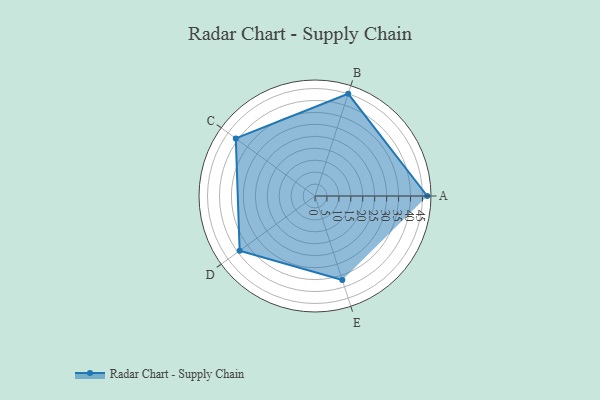
{"axis": {"x": "Skill", "y": "Score"}, "legend": ["Profile"], "data": [{"x": "A", "y": 47.0, "type": "Profile"}, {"x": "B", "y": 45.0, "type": "Profile"}, {"x": "C", "y": 41.0, "type": "Profile"}, {"x": "D", "y": 39.0, "type": "Profile"}, {"x": "E", "y": 37.0, "type": "Profile"}]}